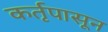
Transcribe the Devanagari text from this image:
कर्तृपासून